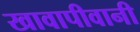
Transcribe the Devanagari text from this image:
खावापीवानी